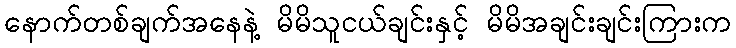
နောက်တစ်ချက်အနေနဲ့ မိမိသူငယ်ချင်းနှင့် မိမိအချင်းချင်းကြားက